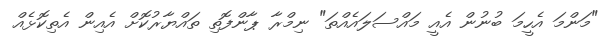
"މަންމަ އެހީމަ ބުނުން އެއީ މައްސަލައެއްތަ" ނިމްރާ ޕާންފޮތި ތައްޔާރުކޮށް އެއިން އެތިކޮޅެއް